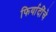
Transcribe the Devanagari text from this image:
फिर्यादींचे